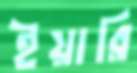
ইয়ারি